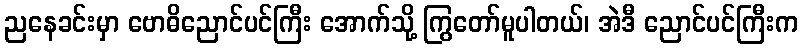
ညနေခင်းမှာ ဗောဓိညောင်ပင်ကြီး အောက်သို့ ကြွတော်မူပါတယ်၊ အဲဒီ ညောင်ပင်ကြီးက